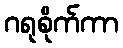
ဂရုစိုက်ကာ